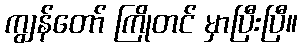
ကျွန်တော် ကြိုတင် မှာပြီးပြီ။